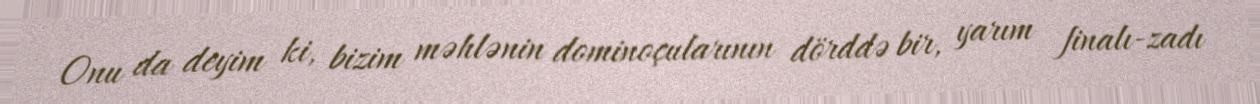
Onu da deyim ki, bizim məhlənin dominoçularının dörddə bir, yarım finalı-zadı